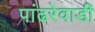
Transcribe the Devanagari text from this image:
पांढरेवाडी